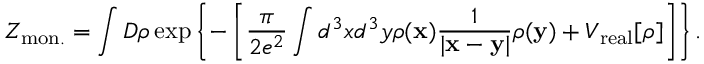
{ \cal Z } _ { \mathrm { m o n . } } = \int D \rho \exp \left\{ - \left[ \frac { \pi } { 2 e ^ { 2 } } \int d ^ { 3 } x d ^ { 3 } y \rho ( { \bf x } ) \frac { 1 } { | { \bf x } - { \bf y } | } \rho ( { \bf y } ) + V _ { \mathrm { r e a l } } [ \rho ] \right] \right\} .